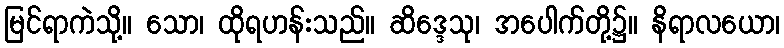
မြင်ရာကဲသို့။ သော၊ ထိုရဟန်းသည်။ ဆိဒ္ဒေသု၊ အပေါက်တို့၌။ နိရာလယော၊